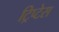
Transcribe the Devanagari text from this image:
ट्रिप्टेस